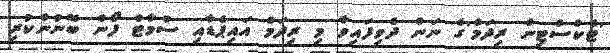
'ޓެކްސްޓިން ރިދަމް'ގެ ނަން ދެވިފައިވާ މި ރިދަމް އައިޕެޑާއި ސްމާޓް ފޯން ބޭނުންކުރި